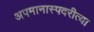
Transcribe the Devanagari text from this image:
अपमानास्पदरीत्या